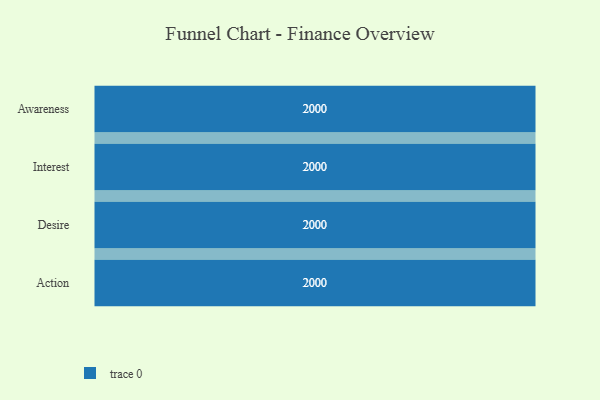
{"axis": {"x": "Stage", "y": "Value"}, "legend": [""], "data": [{"x": "Awareness", "y": 2000, "type": ""}, {"x": "Interest", "y": 2000, "type": ""}, {"x": "Desire", "y": 2000, "type": ""}, {"x": "Action", "y": 2000, "type": ""}]}